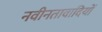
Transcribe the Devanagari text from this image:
नवीनतावादियों